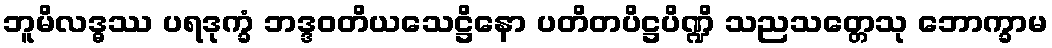
ဘူမိလဒ္ဓဿ ပရဒုက္ခံ ဘဒ္ဒဝတိယသေဋ္ဌိနော ပတိတပိဋ္ဌပိဏ္ဍိ သညသတ္တေသု ဘောက္ခာမ